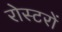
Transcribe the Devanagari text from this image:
रोस्टरों